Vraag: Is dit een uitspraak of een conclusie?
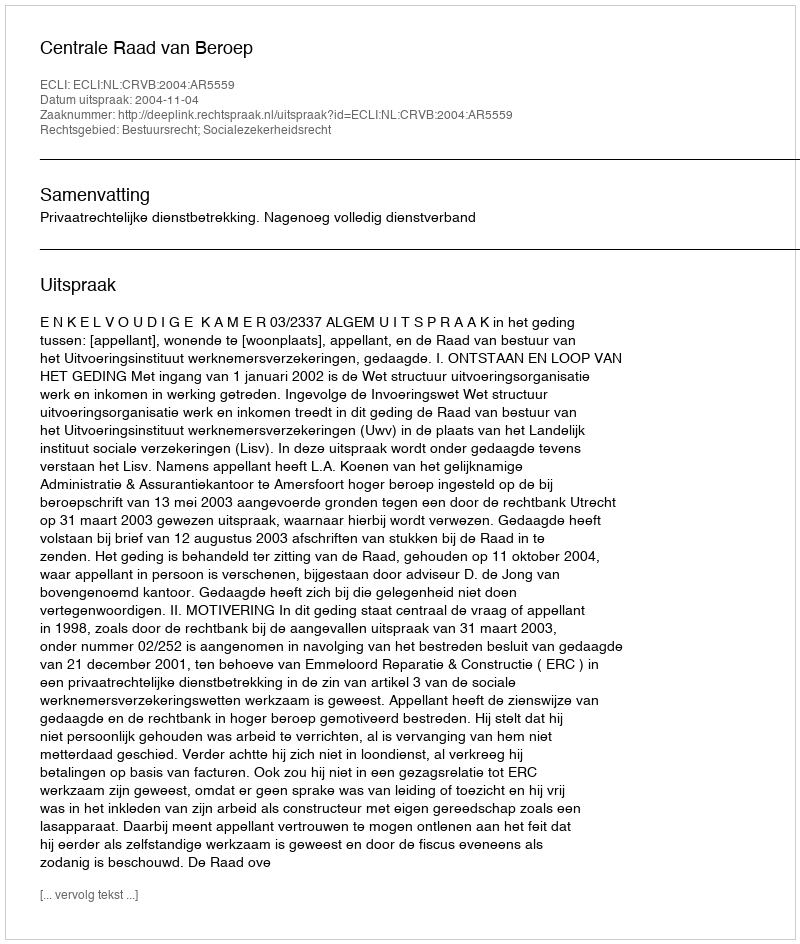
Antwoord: Uitspraak